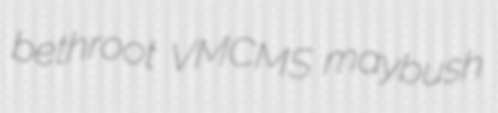
bethroot VMCMS maybush